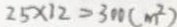
2 5 \times 1 2 = 3 0 0 ( m ^ { 2 } )